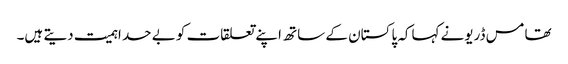
تھامس ڈریونے کہاکہ پاکستان کے ساتھ اپنے تعلقات کو بے حد اہمیت دیتے ہیں۔